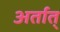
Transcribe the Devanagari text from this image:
अर्तात्